On a parasite found in persons suffering from enlargement of the spleen in India - Number 15
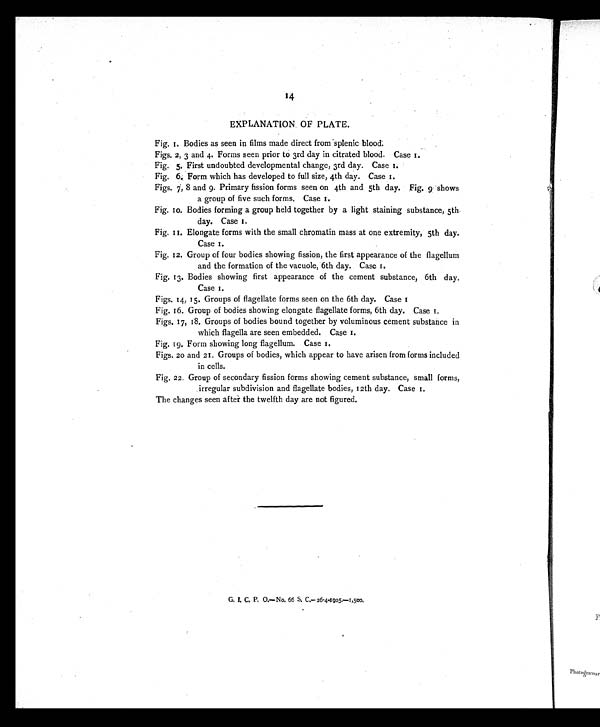
14
EXPLANATION OF PLATE.
Fig. 1. Bodies as seen in films made direct from splenic blood
.
Figs. 2, 3 and 4. Forms seen prior to 3rd day in citrated blood. Case 1.
Fig. 5. First undoubted developmental change, 3rd day. Case 1.
Fig. 6. Form which has developed to full size, 4th day. Case 1.
Figs. 7, 8 and 9. Primary fission forms seen on 4th and 5th day. Fig. 9 shows
a group of five such forms. Case 1.
Fig. 10. Bodies forming a group held together by a light staining substance, 5th
day. Case 1.
Fig. 11. Elongate forms with the small chromatin mass at one extremity, 5th day.
Case 1.
Fig. 12. Group of four bodies showing fission, the first appearance of the flagellum
and the formation of the vacuole, 6th day. Case 1.
Fig. 13. Bodies showing first appearance of the cement substance, 6th day.
Case 1.
Figs. 14, 15. Groups of flagellate forms seen on the 6th day. Case 1.
Fig. 16. Group of bodies showing elongate flagellate forms, 6th day. Case 1.
Figs. 17, 18. Groups of bodies bound together by voluminous cement substance in
which flagella are seen embedded. Case 1.
Fig. 19. Form showing long flagellum. Case 1.
Figs. 20 and 21. Groups of bodies, which appear to have arisen from forms included
in cells.
Fig. 22. Group of secondary fission forms showing cement substance, small forms,
irregular subdivision and flagellate bodies, 12th day. Case 1.
The changes seen after the twelfth day are not figured.
G. I. C. P. O.—No. 66 S. C.—26-4-1905.—1,500.